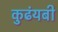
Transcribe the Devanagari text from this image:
कुढंयबी